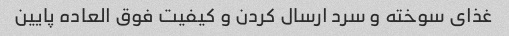
غذای سوخته و سرد ارسال کردن و کیفیت فوق العاده پایین